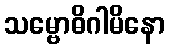
သမ္ဗောဓိဂါမိနော